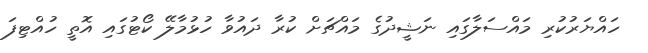
ހައްޔަރުކުރި މައްސަލާގައި ނަޝީދުގެ މައްޗަށް ކުރާ ދައުވާ ހުޅުމާލޭ ކޯޓުގައި އޮތީ ހުއްޓިފަ